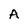
Character: A